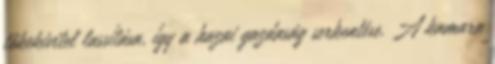
tőkekivitel lassítása, így a hazai gazdaság serkentése. A kamara